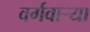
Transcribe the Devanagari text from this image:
वर्गवार्‍या